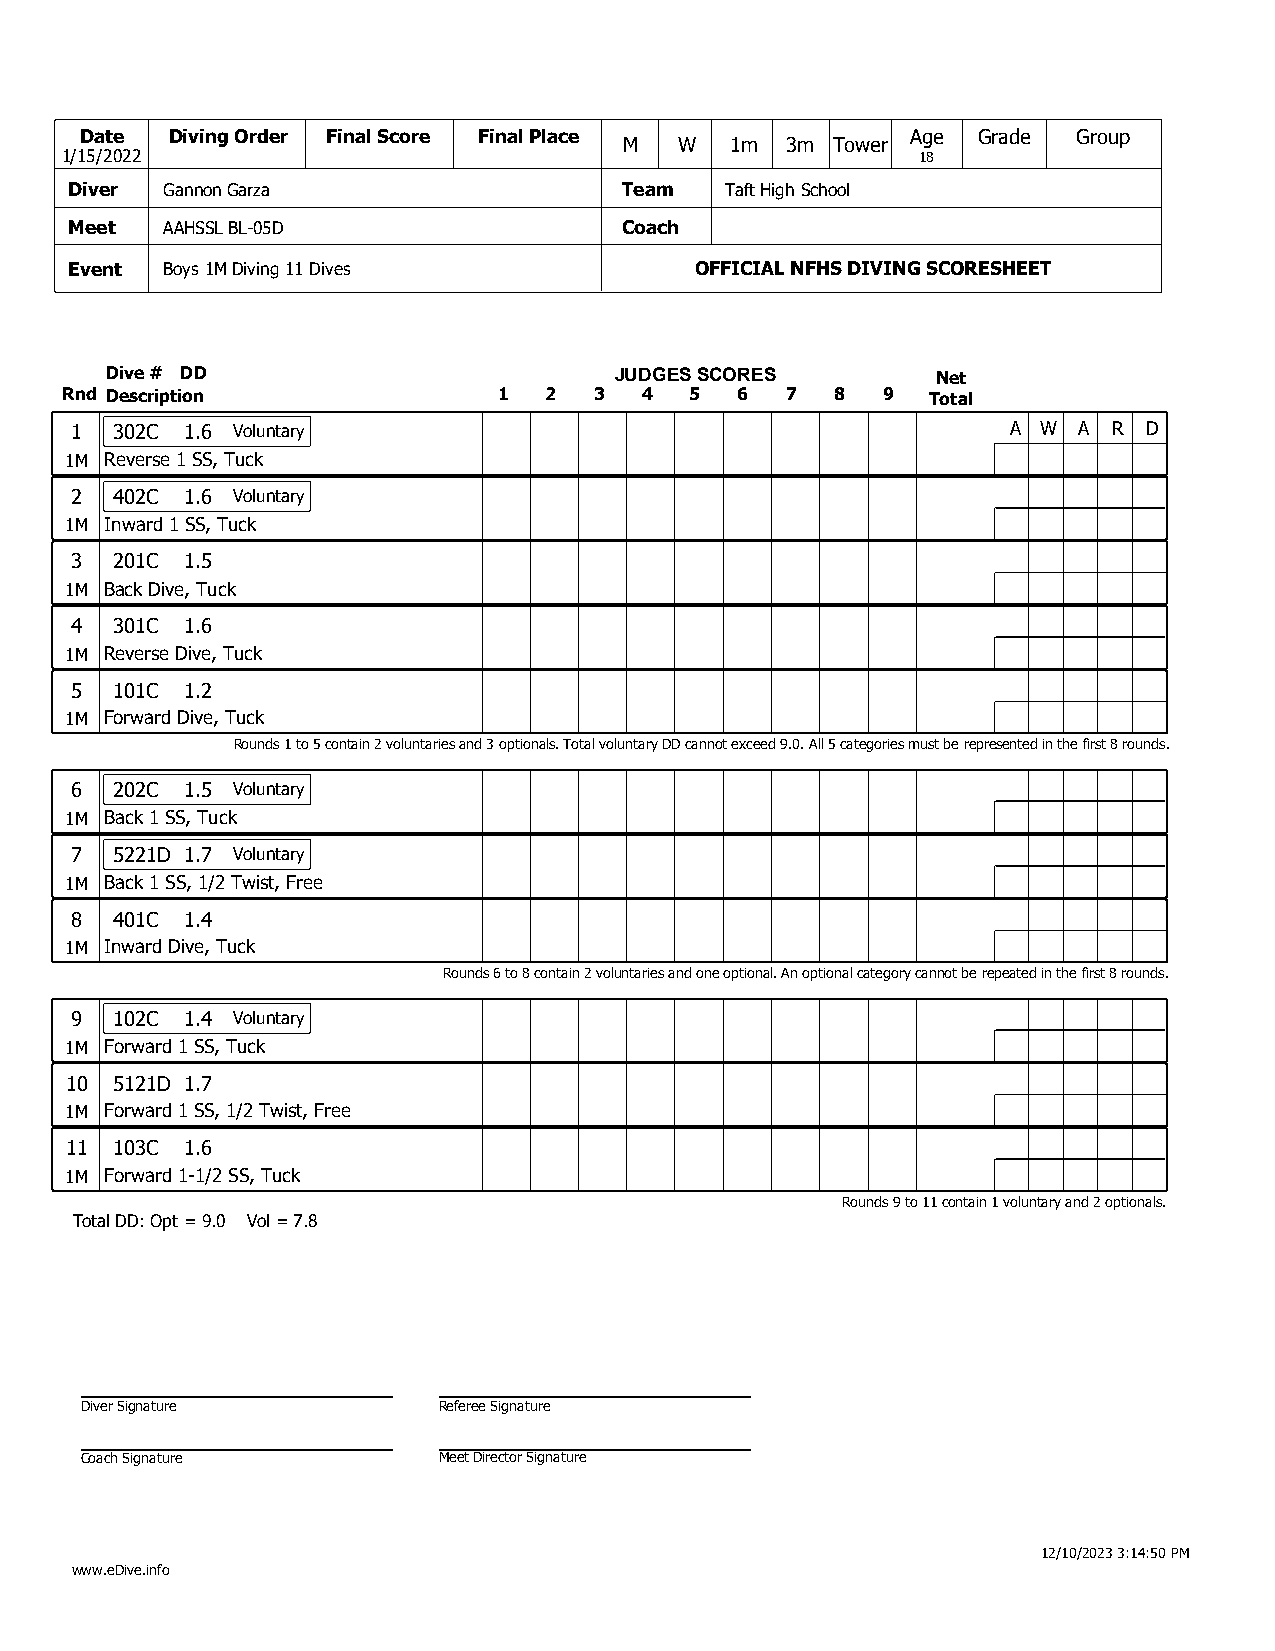
Date  Diving Order Final Score Final Place             Age  Grade Group
 M   W  1m  3m Tower
 1/15/2022                                                18
 Diver Gannon Garza                  Team   Taft High School
 Meet  AAHSSL BL-05D                 Coach
 Event Boys 1M Diving 11 Dives            OFFICIAL NFHS DIVING SCORESHEET
 Dive # DD                         JUDGES SCORES        Net
 Rnd Description              1  2  3   4  5  6  7  8  9   Total
 1 302C 1.6 Voluntary                                          A W A  R D
 1M Reverse 1 SS, Tuck
 2 402C 1.6 Voluntary
 1M Inward 1 SS, Tuck
 3 201C 1.5
 1M Back Dive, Tuck
 4 301C 1.6
 1M Reverse Dive, Tuck
 5 101C 1.2
 1M Forward Dive, Tuck
 Rounds 1 to 5 contain 2 voluntaries and 3 optionals. Total voluntary DD cannot exceed 9.0. All 5 categories must be represented in the first 8 rounds.
 6 202C 1.5 Voluntary
 1M Back 1 SS, Tuck
 7 5221D 1.7 Voluntary
 1M Back 1 SS, 1/2 Twist, Free
 8 401C 1.4
 1M Inward Dive, Tuck
 Rounds 6 to 8 contain 2 voluntaries and one optional. An optional category cannot be repeated in the first 8 rounds.
 9 102C 1.4 Voluntary
 1M Forward 1 SS, Tuck
 10 5121D 1.7
 1M Forward 1 SS, 1/2 Twist, Free
 11 103C 1.6
 1M Forward 1-1/2 SS, Tuck
 Rounds 9 to 11 contain 1 voluntary and 2 optionals.
 Total DD: Opt = 9.0 Vol = 7.8
 Diver Signature         Referee Signature
 Coach Signature         Meet Director Signature
 12/10/2023 3:14:50 PM
 www.eDive.info